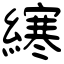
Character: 𫟂